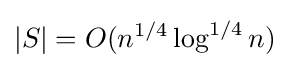
|S|=O(n^{1/4}\log ^{1/4}n)